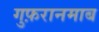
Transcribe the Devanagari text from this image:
गुफ़रानमाब